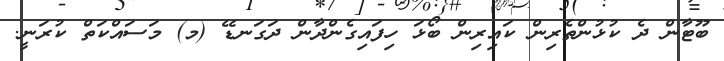
ބޫޓާން ދެ ކުޅުންތެރިން ކައިރިން ބޯޅަ ހިފައިގެންދާން ދަގަނޑޭ (މ) މަސައްކަތް ކުރަނީ.